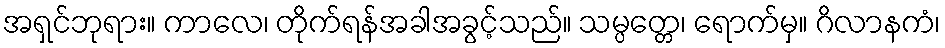
အရှင်ဘုရား။ ကာလေ၊ တိုက်ရန်အခါအခွင့်သည်။ သမ္ပတ္တေ၊ ရောက်မှ။ ဂိလာနကံ၊